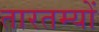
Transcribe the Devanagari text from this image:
तारतम्यों